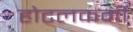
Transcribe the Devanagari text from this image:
होटलकर्मी